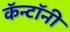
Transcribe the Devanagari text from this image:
कॅन्टॉनी